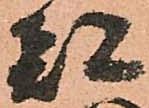
都